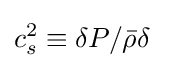
c_{s}^{2}\equiv \delta P/{\bar {\rho }}\delta ~